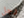
رجل